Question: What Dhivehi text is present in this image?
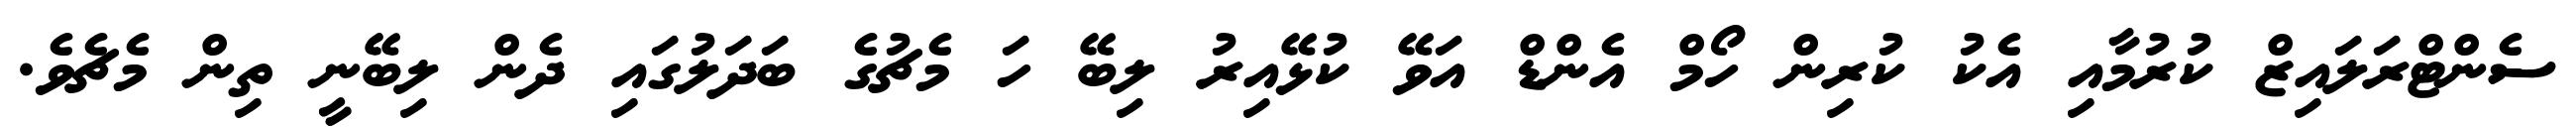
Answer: ސެންޓްރަލައިޒް ކުރުމާއި އެކު ކުރިން ހޯމް އެންޑް އަވޭ ކުޅޭއިރު ލިބޭ ހަ މެޗުގެ ބަދަލުގައި ދެން ލިބޭނީ ތިން މެޗެވެ.